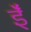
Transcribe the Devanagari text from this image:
ईँ